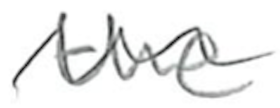
Text: the
Cross-out: wave
Writing tool: pencil